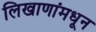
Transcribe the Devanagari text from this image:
लिखाणांमधून